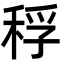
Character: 稃